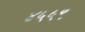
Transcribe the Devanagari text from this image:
४५५९